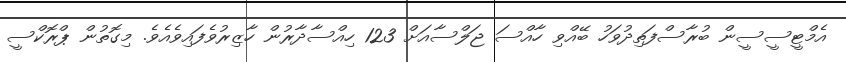
އެމްޓީސީސީން ބުރާސްފަތިދުވަހު ބޭއްވި ހާއްސަ ޖަލްސާއަށް 123 ހިއްސާދާރުން ހާޒިރުވެފައިވެއެވެ. މިގޮތުން ޕްރޮކްސީ